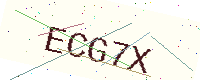
Text: ECG7X